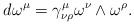
LaTeX: \begin{align*}d\omega^\mu=\gamma^\mu_{\nu\rho}\omega^\nu\wedge\omega^\rho. \end{align*}